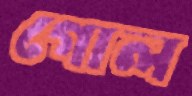
গোল